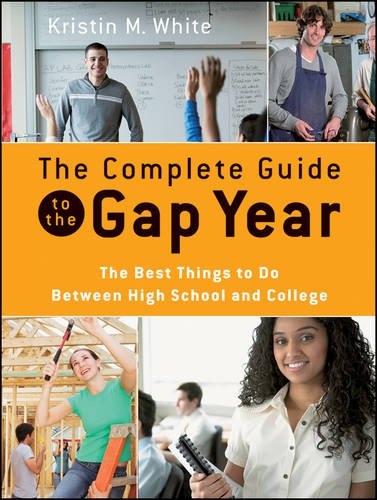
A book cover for The Complete Guide to the Gap Year: The Best Things to Do Between High School and College; Kristin M. White; Education & Teaching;